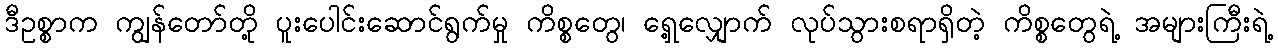
ဒီဥစ္စာက ကျွန်တော်တို့ ပူးပေါင်းဆောင်ရွက်မှု ကိစ္စတွေ၊ ရှေ့လျှောက် လုပ်သွားစရာရှိတဲ့ ကိစ္စတွေရဲ့ အများကြီးရဲ့